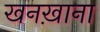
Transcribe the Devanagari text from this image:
खनख़ाना